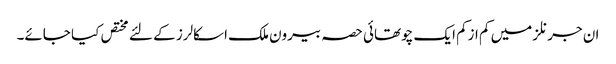
ان جرنلز میں کم ازکم ایک چوتھائی حصہ بیرون ملک اسکالرز کے لئے مختص کیا جائے۔